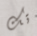
تك